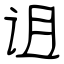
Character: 诅